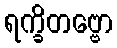
ရက္ခိတဗ္ဗော